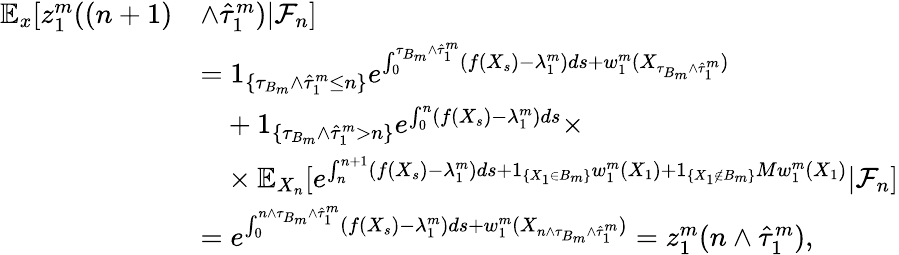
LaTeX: \begin{array}{rl}{\mathbb{E}_{x}[z_{1}^{m}((n+1)}&{\wedge\hat{\tau}_{1}^{m})|\mathcal{F}_{n}]}\\ &{=1_{\{ \tau_{B_{m}}\wedge\hat{\tau}_{1}^{m}\leq n\} }e^{\int_{0}^{\tau_{B_{m}}\wedge\hat{\tau}_{1}^{m}}(f(X_{s})-\lambda_{1}^{m})ds+w_{1}^{m}(X_{\tau_{B_{m}}\wedge\hat{\tau}_{1}^{m}})}}\\ &{\phantom{=}+1_{\{ \tau_{B_{m}}\wedge\hat{\tau}_{1}^{m}>n\} }e^{\int_{0}^{n}(f(X_{s})-\lambda_{1}^{m})ds}\times}\\ &{\phantom{=}\times\mathbb{E}_{X_{n}}[e^{\int_{n}^{n+1}(f(X_{s})-\lambda_{1}^{m})ds+1_{\{ X_{1}\in B_{m}\} }w_{1}^{m}(X_{1})+1_{\{ X_{1}\notin B_{m}\} }Mw_{1}^{m}(X_{1})}|\mathcal{F}_{n}]}\\ &{=e^{\int_{0}^{n\wedge\tau_{B_{m}}\wedge\hat{\tau}_{1}^{m}}(f(X_{s})-\lambda_{1}^{m})ds+w_{1}^{m}(X_{n\wedge\tau_{B_{m}}\wedge\hat{\tau}_{1}^{m}})}=z_{1}^{m}(n\wedge\hat{\tau}_{1}^{m}),}\end{array}